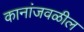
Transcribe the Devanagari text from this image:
कानांजवळील